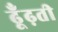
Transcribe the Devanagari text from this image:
ढूँढ़ती